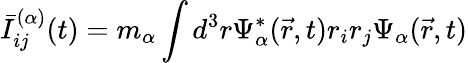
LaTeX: \bar{I}_{ij}^{(\alpha)}(t)=m_{\alpha}\int d^{3}r\Psi_{\alpha}^{*}(\vec{r},t)r_{i}r_{j}\Psi_{\alpha}(\vec{r},t)